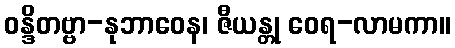
ဝန္ဒိတဗ္ဗာ-နုဘာဝေန၊ ဇီယန္တု ဝေရ-လာမကာ။